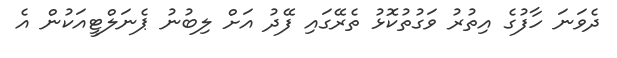
ދެވަނަ ހާފުގެ އިތުރު ވަގުތުކޮޅު ތެރޭގައި ފޭދު އަށް ލިބުނު ޕެނަލްޓީއަކުން އެ